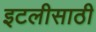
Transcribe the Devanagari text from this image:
इटलीसाठी